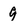
Character: 9